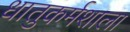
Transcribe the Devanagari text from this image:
धातुकर्मशाला